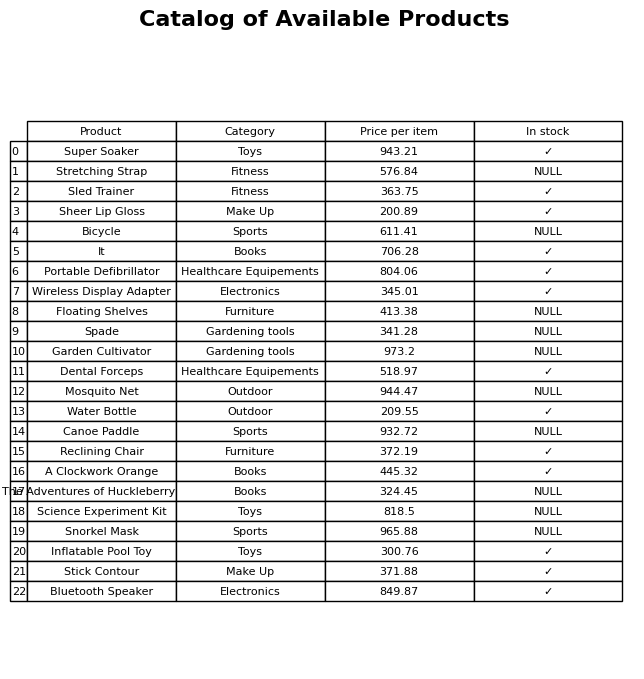
question: Which products are available in stock?
answer: Super Soaker, Sled Trainer, Sheer Lip Gloss, It, Portable Defibrillator, Wireless Display Adapter, Dental Forceps, Water Bottle, Reclining Chair, A Clockwork Orange, Inflatable Pool Toy, Stick Contour, Bluetooth Speaker